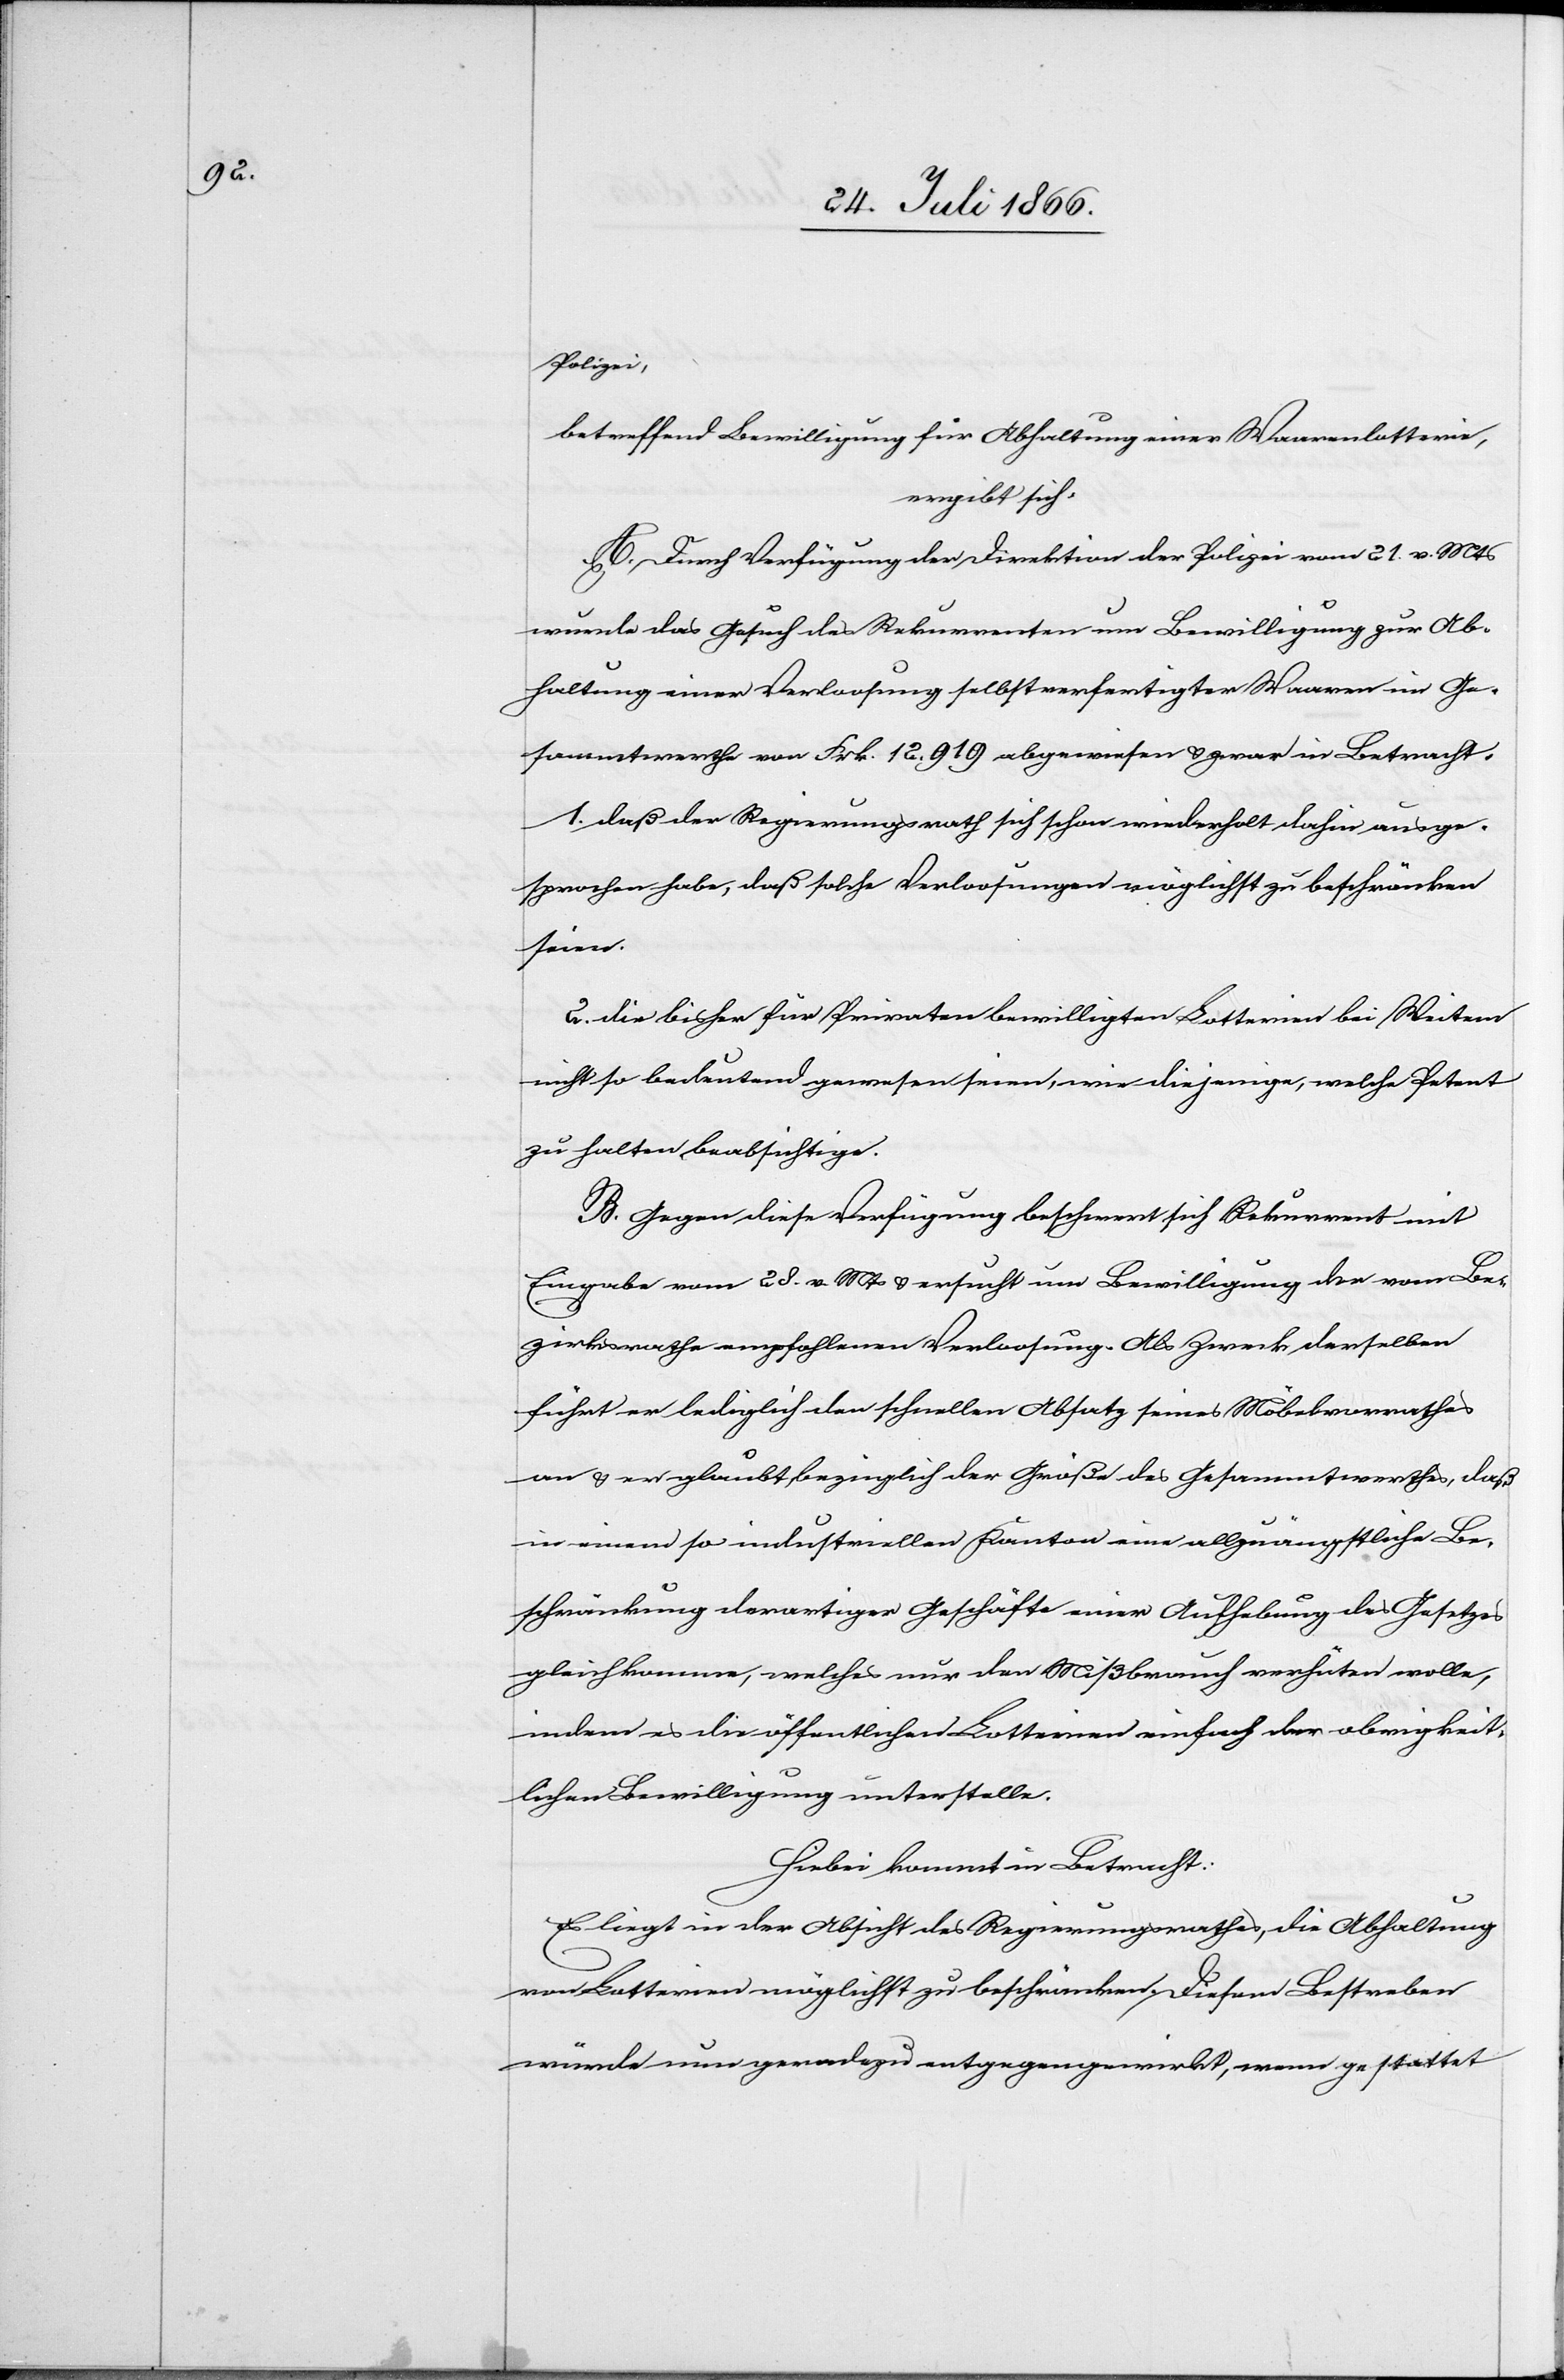
Polizei,
betreffend Bewilligung für Abhaltung einer Waarenlotterie,
ergibt sich:
A. Durch Verfügung der Direktion der Polizei vom 21. v. Mts.
wurde das Gesuch des Rekurrenten um Bewilligung zur Ab¬
haltung einer Verloosung selbstverfertigter Waaren im Ge¬
sammtwerthe von Frk. 12 919 abgewiesen u. zwar in Betracht,
1. daß der Regierungsrath sich schon wiederholt dahin ausge¬
sprochen habe, daß solche Verloosungen möglichst zu beschränken
seien,
2. die bisher für Privaten [sic!] bewilligten Lotterien bei Weitem
nicht so bedeutend gewesen seien, wie diejenige, welche Petent
zu halten beabsichtige.
B. Gegen diese Verfügung beschwert sich Rekurrent mit
Eingabe vom 28. v. Mts. u. ersucht um Bewilligung der vom Be¬
zirksrathe empfohlenen Verloosung. Als Zweck derselben
führt er lediglich den schnellen Absatz seines Möbelvorrathes
an u. er glaubt, bezüglich der Größe des Gesammtwerthes, daß
in einem so industriellen Kanton eine allzuängstliche Be¬
schränkung derartiger Geschäfte einer Aufhebung des Gesetzes
gleichkomme, welches nur den Mißbrauch verhüten wolle,
indem es die öffentlichen Lotterien einfach der obrigkeit¬
lichen Bewilligung unterstellt.
Hiebei kommt in Betracht:
Es liegt in der Absicht des Regierungsrathes, die Abhaltung
von Lotterien möglichst zu beschränken. Diesem Bestreben
würde nun geradezu entgegengewirkt, wenn gestattet